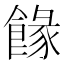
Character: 餯